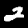
Label: 2